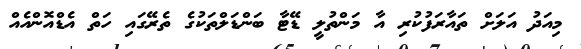
މިއަދު އަލަށް ތައާރަފުކުރި އާ މަންތުލީ ޑޭޓާ ބަންޑަލްތަކުގެ ތެރޭގައި ހަތް އެޑްއޮންއެއް